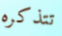
تتذكره